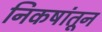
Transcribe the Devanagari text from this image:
निकषांतून